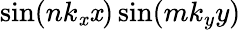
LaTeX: \sin(nk_{\mathit{x}}\mathit{x})\sin(mk_{y}y)